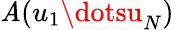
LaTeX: \mathit{A}(u_{1}\dotsu_{N})